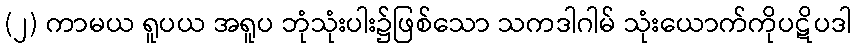
(၂) ကာမယ ရူပယ အရူပ ဘုံသုံးပါး၌ဖြစ်သော သကဒါဂါမ် သုံးယောက်ကိုပဋိပဒါ